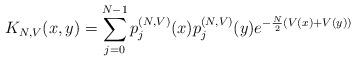
LaTeX: \begin{align*}K_{N,V}(x,y)=\sum_{j=0}^{N-1} p_j^{(N,V)}(x)p_j^{(N,V)}(y) e^{-\frac{N}{2}(V(x)+V(y))}\end{align*}